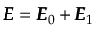
\pmb { { \cal E } } = \pmb { { \cal E } } _ { 0 } + \pmb { { \cal E } } _ { 1 }